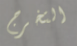
التخرج